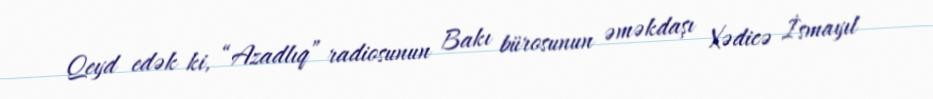
Qeyd edək ki, “Azadlıq” radiosunun Bakı bürosunun əməkdaşı Xədicə İsmayıl